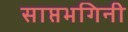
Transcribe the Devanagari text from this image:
साप्तभगिनी